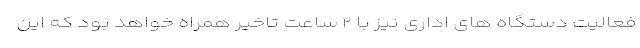
فعالیت دستگاه های اداری نیز با ۲ ساعت تاخیر همراه خواهد بود که این